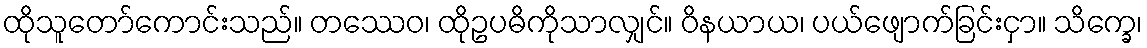
ထိုသူတော်ကောင်းသည်။ တဿေဝ၊ ထိုဥပဓိကိုသာလျှင်။ ဝိနယာယ၊ ပယ်ဖျောက်ခြင်းငှာ။ သိက္ခေ၊